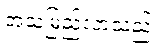
အသံမြည်လာသည်။